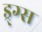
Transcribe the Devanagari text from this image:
ड्र्ग्स